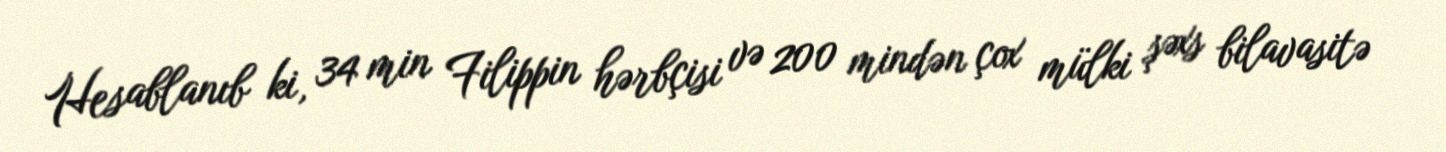
Hesablanıb ki, 34 min Filippin hərbçisi və 200 mindən çox mülki şəxs bilavasitə